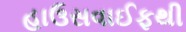
હાઉસવાઈફથી